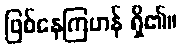
ဖြစ်နေကြဟန် ရှိ၏။